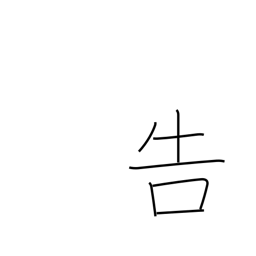
Meaning: tell